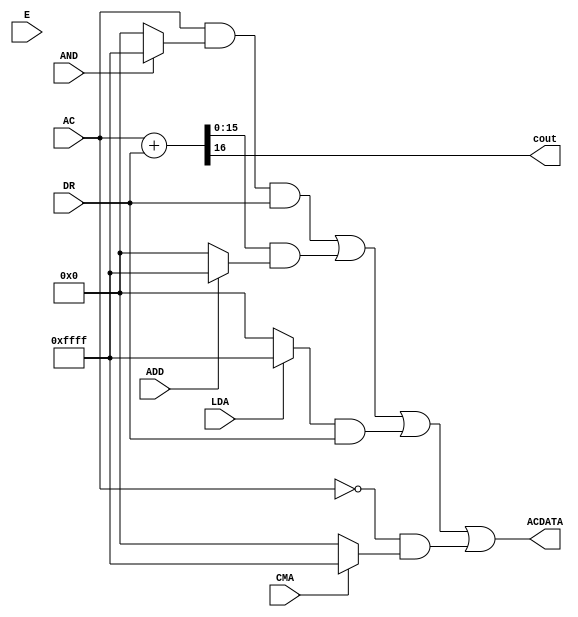
module ALU(AND,ADD, LDA, CMA,E,AC, DR,cout , ACDATA);
    input AND,ADD, LDA, CMA,E;    //instructions signals 
    input [15:0] AC, DR;
    
    output cout ;
    output [15:0]  ACDATA;
    
    wire [15:0] and16,add16,lda16,cma16;     // turning the instructions signals into 16-bit signal to be anded 
   
    wire [15:0] AND1,AND2,AND3,AND4 ,SUM;         //AND gate of each instruction  
    wire CARRY;
    
    //AND OPERATION
    assign and16 = (AND ? 16'hffff :16'b0);
	assign AND1 = AC & and16 & DR;
	
	//ADD OPERTION , {CARRY,SUM} is the result of a full-adder
	assign {CARRY,SUM} = AC + DR ;
	assign cout = CARRY;
	
	assign add16 = (ADD ? 16'b1111111111111111 :16'b0);
	assign AND2 = SUM & add16 ;
	
	//LDA OPERATION (load AC with DR content )
	assign lda16 = (LDA ? 16'hffff :16'b0);
	assign AND3 = lda16 & DR ;
	
	//CMA OPERATION (Complement AC content)
	assign cma16 = (CMA ? 16'hffff : 16'b0);
	assign AND4 = (~AC) & cma16;
	
	
		wire o1 ,o2;

	

    assign ACDATA = AND1 | AND2| AND3| AND4;   // All AND gates signals to be into an OR gate that results inAC
endmodule